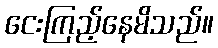
ငေးကြည့်နေမိသည်။